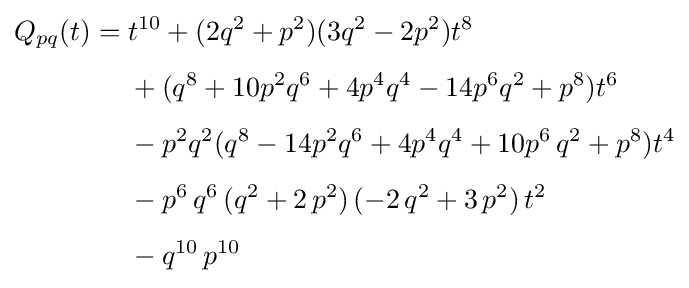
{\begin{aligned}Q_{pq}(t)={}&t^{10}+(2q^{2}+p^{2})(3q^{2}-2p^{2})t^{8}\\[4pt]&{}+(q^{8}+10p^{2}q^{6}+4p^{4}q^{4}-14p^{6}q^{2}+p^{8})t^{6}\\[4pt]&{}-p^{2}q^{2}(q^{8}-14p^{2}q^{6}+4p^{4}q^{4}+10p^{6}\,q^{2}+p^{8})t^{4}\\[4pt]&{}-p^{6}\,q^{6}\,(q^{2}+2\,p^{2})\,(-2\,q^{2}+3\,p^{2})\,t^{2}\\[4pt]&{}-q^{10}\,p^{10}\end{aligned}}